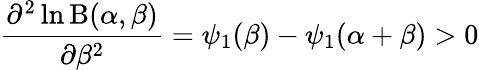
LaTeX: {\frac{\partial^{2}\ln\mathrm{B}(\alpha,\beta)}{\partial\beta^{2}}}=\psi_{1}(\beta)-\psi_{1}(\alpha+\beta)>0